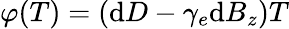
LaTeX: \varphi(T)=(\mathrm{d}D-\gamma_{e}\mathrm{d}B_{z})T